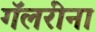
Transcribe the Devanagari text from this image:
गॅलरींना